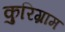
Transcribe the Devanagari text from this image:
कुरिग्राम